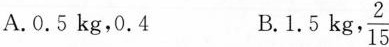
A.0.5kg，0.4 B.1.5kg,\frac{2}{15}